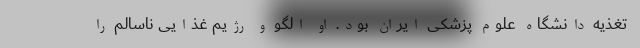
تغذیه دانشگاه علوم پزشکی ایران بود. او الگو و رژیم غذایی ناسالم را